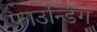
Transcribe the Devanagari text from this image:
फाउन्डिंग